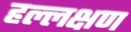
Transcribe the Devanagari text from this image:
हल्लक्षण